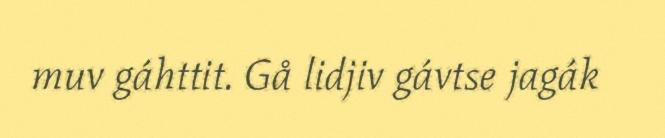
muv gáhttit. Gå lidjiv gávtse jagák